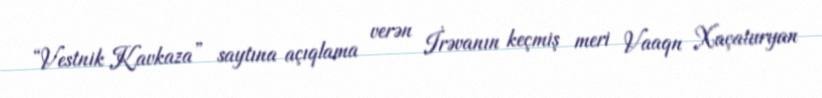
“Vestnik Kavkaza” saytına açıqlama verən İrəvanın keçmiş meri Vaaqn Xaçaturyan